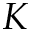
K